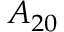
A _ { 2 0 }